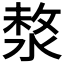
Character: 𣸗